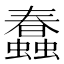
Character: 蠢